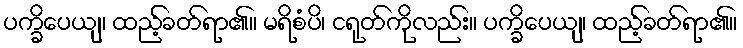
ပက္ခိပေယျ၊ ထည့်ခတ်ရာ၏။ မရိစံပိ၊ ငရုတ်ကိုလည်း။ ပက္ခိပေယျ၊ ထည့်ခတ်ရာ၏။